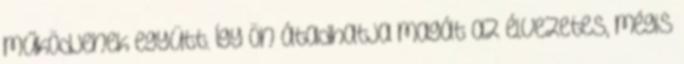
működjenek együtt. Így Ön átadhatja magát az élvezetes, mégis